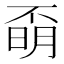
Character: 𣈇